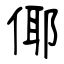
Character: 倻